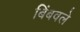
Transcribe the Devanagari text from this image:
बिंबवले